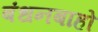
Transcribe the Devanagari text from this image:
बंधनबाहो